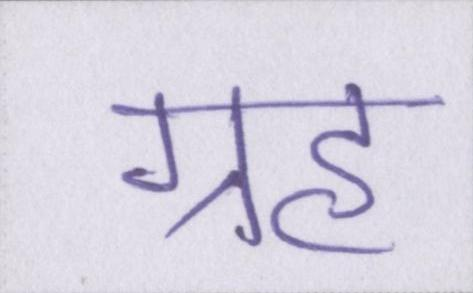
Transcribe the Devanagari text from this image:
ग्रह